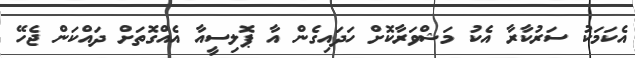
އެކަމަކު ސަރުކާރާ އެކު މަޝްވަރާކޮށް ހަދައިގެން އާ ޕޮލިސީއާ އެއްގޮތަށް ދައްކަން ޖެހޭ